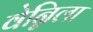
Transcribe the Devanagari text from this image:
वेन्निला